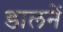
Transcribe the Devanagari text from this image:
डालनें